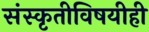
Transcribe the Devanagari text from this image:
संस्कृतीविषयीही